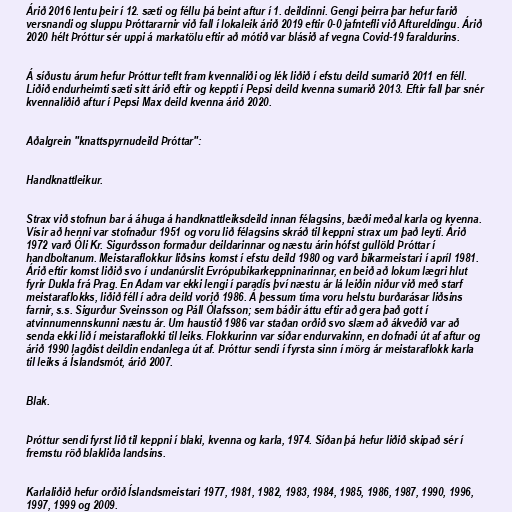
Árið 2016 lentu þeir í 12. sæti og féllu þá beint aftur í 1. deildinni. Gengi þeirra þar hefur farið
versnandi og sluppu Þróttararnir við fall í lokaleik árið 2019 eftir 0-0 jafntefli við Aftureldingu. Árið
2020 hélt Þróttur sér uppi á markatölu eftir að mótið var blásið af vegna Covid-19 faraldurins.

Á síðustu árum hefur Þróttur teflt fram kvennaliði og lék liðið í efstu deild sumarið 2011 en féll.
Liðið endurheimti sæti sitt árið eftir og keppti í Pepsi deild kvenna sumarið 2013. Eftir fall þar snér
kvennaliðið aftur í Pepsi Max deild kvenna árið 2020.

Aðalgrein "knattspyrnudeild Þróttar":

Handknattleikur.

Strax við stofnun bar á áhuga á handknattleiksdeild innan félagsins, bæði meðal karla og kvenna.
Vísir að henni var stofnaður 1951 og voru lið félagsins skráð til keppni strax um það leyti. Árið
1972 varð Óli Kr. Sigurðsson formaður deildarinnar og næstu árin hófst gullöld Þróttar í
handboltanum. Meistaraflokkur liðsins komst í efstu deild 1980 og varð bikarmeistari í apríl 1981.
Árið eftir komst liðið svo í undanúrslit Evrópubikarkeppninarinnar, en beið að lokum lægri hlut
fyrir Dukla frá Prag. En Adam var ekki lengi í paradís því næstu ár lá leiðin niður við með starf
meistaraflokks, liðið féll í aðra deild vorið 1986. Á þessum tíma voru helstu burðarásar liðsins
farnir, s.s. Sigurður Sveinsson og Páll Ólafsson; sem báðir áttu eftir að gera það gott í
atvinnumennskunni næstu ár. Um haustið 1986 var staðan orðið svo slæm að ákveðið var að
senda ekki lið í meistaraflokki til leiks. Flokkurinn var síðar endurvakinn, en dofnaði út af aftur og
árið 1990 lagðist deildin endanlega út af. Þróttur sendi í fyrsta sinn í mörg ár meistaraflokk karla
til leiks á Íslandsmót, árið 2007.

Blak.

Þróttur sendi fyrst lið til keppni í blaki, kvenna og karla, 1974. Síðan þá hefur liðið skipað sér í
fremstu röð blakliða landsins.

Karlaliðið hefur orðið Íslandsmeistari 1977, 1981, 1982, 1983, 1984, 1985, 1986, 1987, 1990, 1996,
1997, 1999 og 2009.